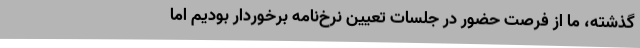
گذشته، ما از فرصت حضور در جلسات تعیین نرخ‌نامه برخوردار بودیم اما